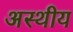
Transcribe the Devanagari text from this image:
अस्थीय